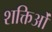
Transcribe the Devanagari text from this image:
शक्तिओं